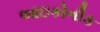
આઇકોનીક